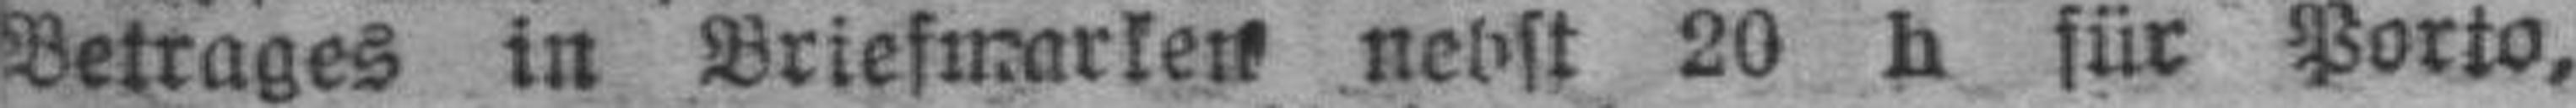
Betrages in Briefmarlen nebst 20 h für Porto,